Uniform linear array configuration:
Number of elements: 8
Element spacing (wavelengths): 0.25
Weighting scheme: exponential
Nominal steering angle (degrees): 30
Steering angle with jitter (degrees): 29.037
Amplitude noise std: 0.05
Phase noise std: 0.05

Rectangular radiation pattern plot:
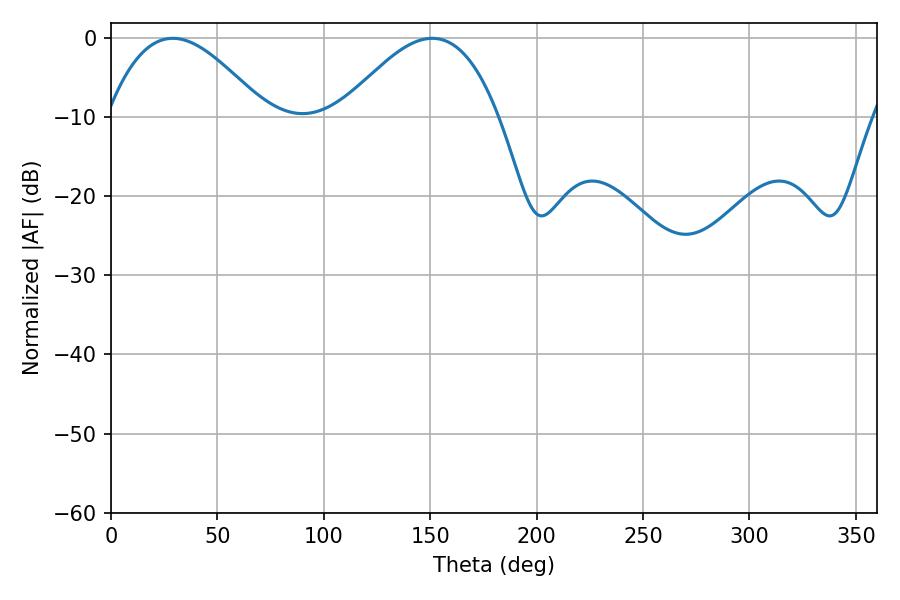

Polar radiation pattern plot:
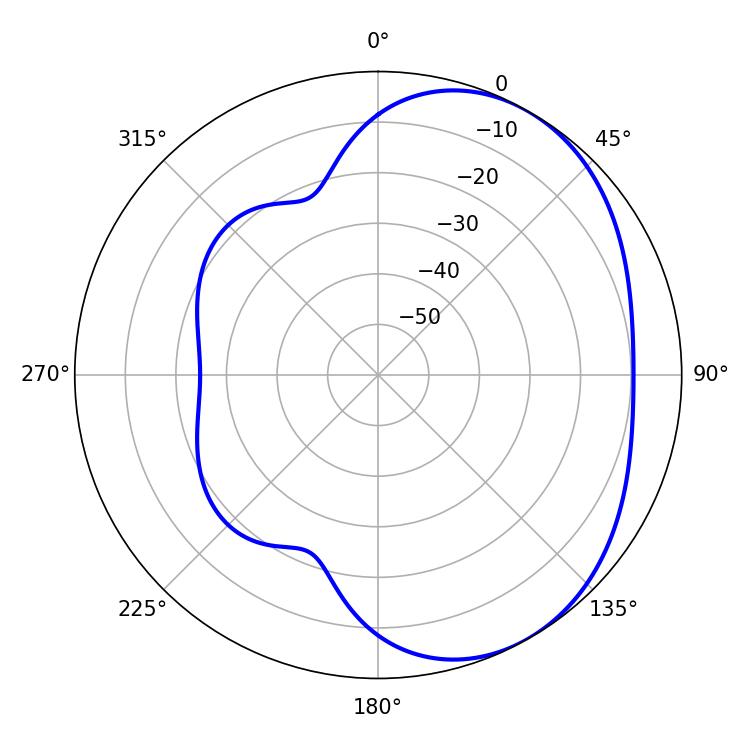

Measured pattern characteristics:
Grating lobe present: FALSE
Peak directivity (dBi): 3.805
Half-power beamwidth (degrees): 40.32
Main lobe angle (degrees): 28.98